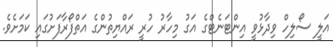
އަލީ ސޯލިހް ވިދާޅުވީ އިންޓަނެޓްގެ އަގު މިހާރު ހުރީ ރައްޔިތުންގެ އަތްފޯރާފަށުގައި ކަމަށެވެ.